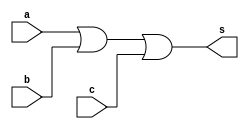
// -------------------------
// Exercicio0010 - OR
// Nome: Flavio Andrade Amaral Motta
// -------------------------

// -------------------------
// -- or gate
// -------------------------
module orgate ( output s,
input a,
input b,
input c);
assign s = a|b|c;
endmodule // orgate
// ---------------------
// -- test or gate
// ---------------------
module testorgate;
// ------------------------- dados locais
reg a, b, c; // definir registradores
wire s; // definir conexao (fio)
// ------------------------- instancia
orgate OR1 (s, a, b, c);
// ------------------------- preparacao
initial begin:start
// atribuicao simultanea
// dos valores iniciais
a=0; b=0; c=0;
end
// ------------------------- parte principal
initial begin
$display("Exercicio0010 - Flavio Andrade Amaral Motta - 392001");
$display("Test OR gate");
$display("\na | b | c = s\n");
a=0; b=0;
$monitor("%b %b %b = %b",a, b, c, s);
#1 c=1;
#2 c=0;
#2 b=1;
#3 c=1;
#4 a=1;
#4 b=0;
#4 c=0;
#4 b=1;
#4 c=1;
end
endmodule // testorgate